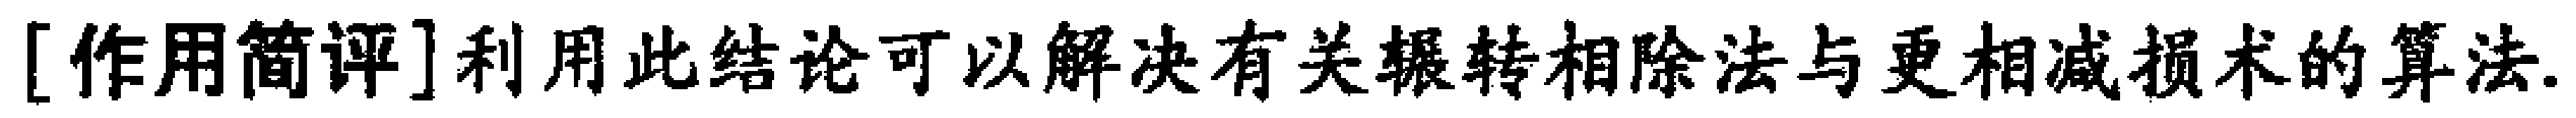
[作用简评]利用此结论可以解决有关辗转相除法与更相减损术的算法.